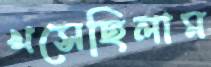
খসেছিলাম